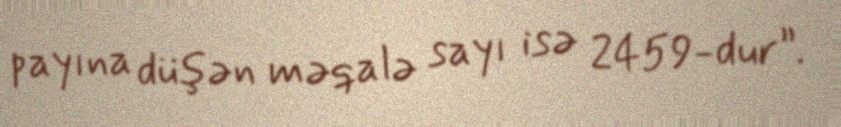
payına düşən məqalə sayı isə 2459-dur”.